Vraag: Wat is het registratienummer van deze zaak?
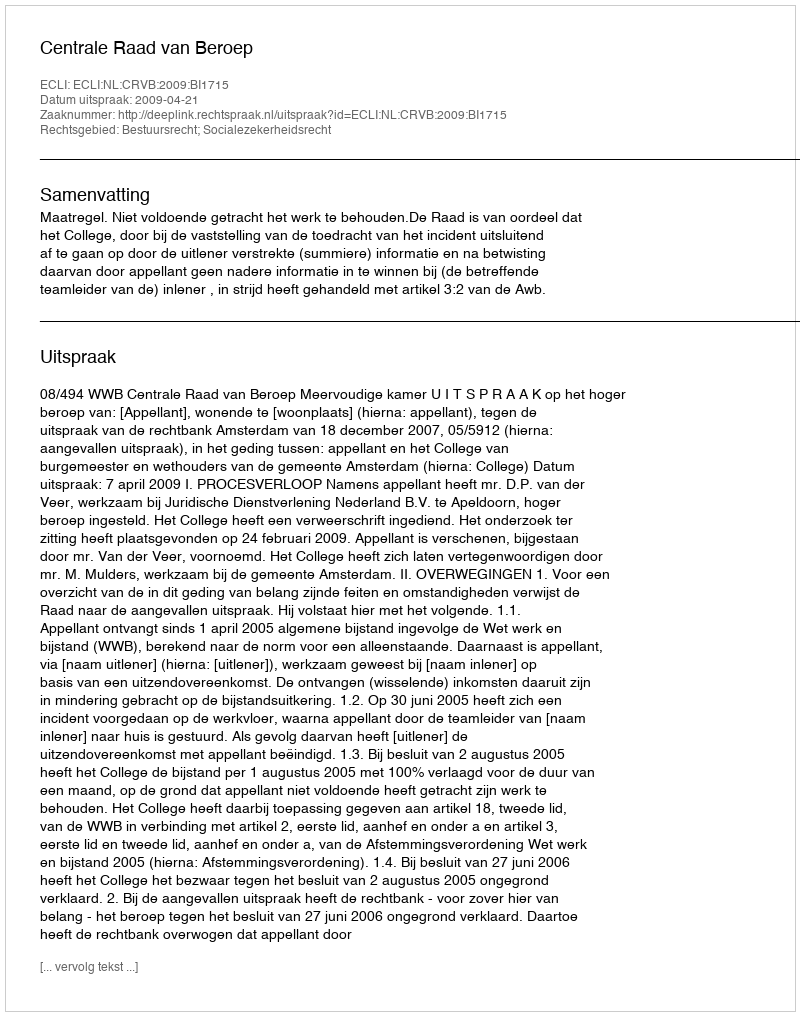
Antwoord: http://deeplink.rechtspraak.nl/uitspraak?id=ECLI:NL:CRVB:2009:BI1715